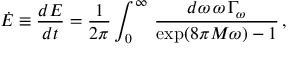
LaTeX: \dot { E } \equiv { \frac { d E } { d t } } = { \frac { 1 } { 2 \pi } } \int _ { 0 } ^ { \infty } \, { \frac { d \omega \, \omega \, \Gamma _ { \omega } } { \exp ( 8 \pi M \omega ) - 1 } } \, ,